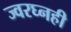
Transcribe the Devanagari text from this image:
ज्वरघ्नही